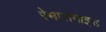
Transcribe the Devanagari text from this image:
रेमासेमाइड